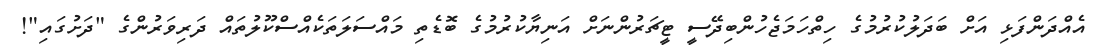
އެއްދަންފަޅި އަށް ބަދަލުކުރުމުގެ ހިތްހަމަޖެހުންބިދޭސީ ޓީޗަރުންނަށް އަނިޔާކުރުމުގެ ބޮޑެތި މައްސަލަތަކެއްސްކޫލުތައް ދަރިވަރުންގެ "ދަށުގައި"!